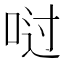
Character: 𫪀